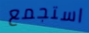
استجمع